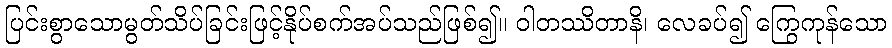
ပြင်းစွာသောမွတ်သိပ်ခြင်းဖြင့်နိုပ်စက်အပ်သည်ဖြစ်၍။ ဝါတဿိတာနိ၊ လေခပ်၍ ကြွေကုန်သော